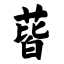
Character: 蒈